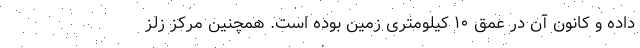
داده و کانون آن در عمق ۱۰ کیلومتری زمین بوده است. همچنین مرکز زلز